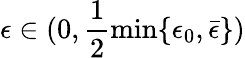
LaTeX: \epsilon\in(0,\frac{1}{2}\operatorname*{min}\{ \epsilon_{0},\bar{\epsilon}\} )